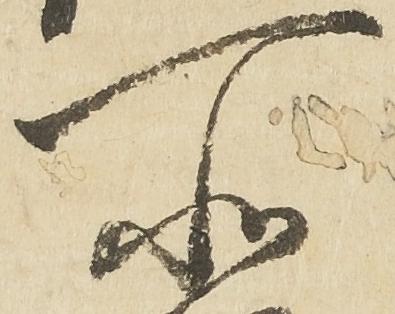
所